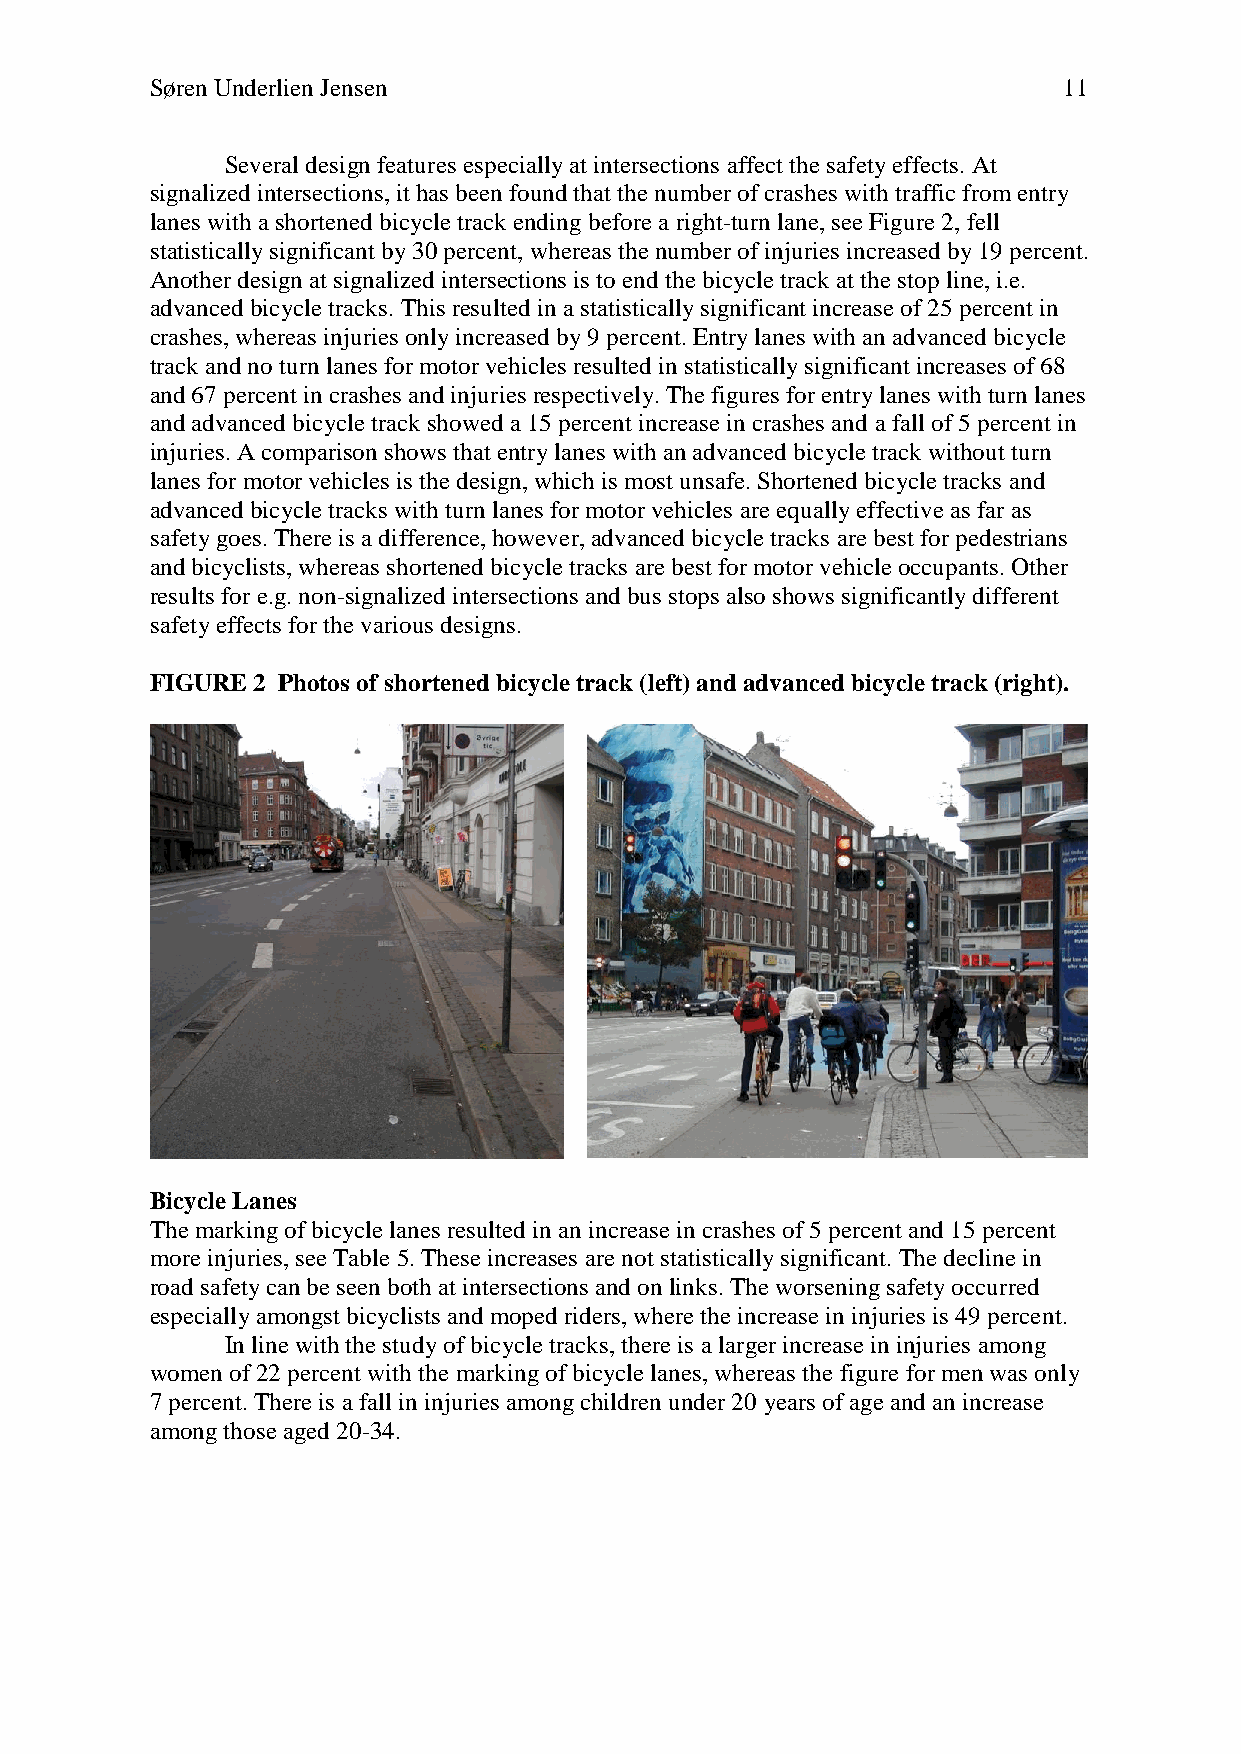
Søren Underlien Jensen                                      11
 Several design features especially at intersections affect the safety effects. At
 signalized intersections, it has been found that the number of crashes with traffic from entry
 lanes with a shortened bicycle track ending before a right-turn lane, see Figure 2, fell
 statistically significant by 30 percent, whereas the number of injuries increased by 19 percent.
 Another design at signalized intersections is to end the bicycle track at the stop line, i.e.
 advanced bicycle tracks. This resulted in a statistically significant increase of 25 percent in
 crashes, whereas injuries only increased by 9 percent. Entry lanes with an advanced bicycle
 track and no turn lanes for motor vehicles resulted in statistically significant increases of 68
 and 67 percent in crashes and injuries respectively. The figures for entry lanes with turn lanes
 and advanced bicycle track showed a 15 percent increase in crashes and a fall of 5 percent in
 injuries. A comparison shows that entry lanes with an advanced bicycle track without turn
 lanes for motor vehicles is the design, which is most unsafe. Shortened bicycle tracks and
 advanced bicycle tracks with turn lanes for motor vehicles are equally effective as far as
 safety goes. There is a difference, however, advanced bicycle tracks are best for pedestrians
 and bicyclists, whereas shortened bicycle tracks are best for motor vehicle occupants. Other
 results for e.g. non-signalized intersections and bus stops also shows significantly different
 safety effects for the various designs.
 FIGURE 2 Photos of shortened bicycle track (left) and advanced bicycle track (right).
 Bicycle Lanes
 The marking of bicycle lanes resulted in an increase in crashes of 5 percent and 15 percent
 more injuries, see Table 5. These increases are not statistically significant. The decline in
 road safety can be seen both at intersections and on links. The worsening safety occurred
 especially amongst bicyclists and moped riders, where the increase in injuries is 49 percent.
 In line with the study of bicycle tracks, there is a larger increase in injuries among
 women of 22 percent with the marking of bicycle lanes, whereas the figure for men was only
 7 percent. There is a fall in injuries among children under 20 years of age and an increase
 among those aged 20-34.